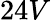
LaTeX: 24V